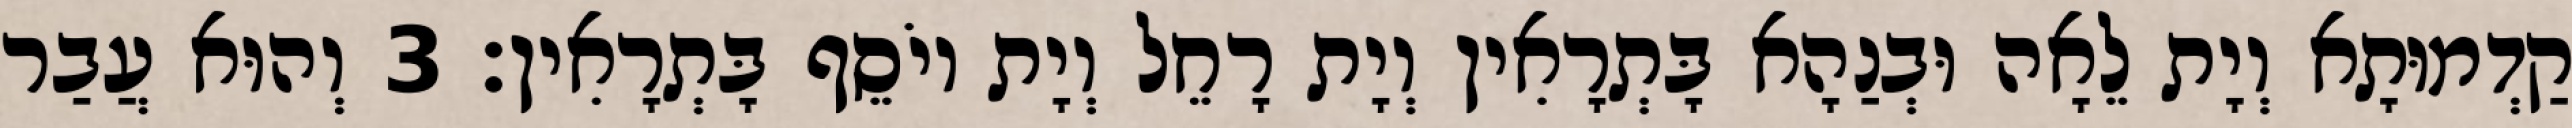
קַדְמוּתָא וְיָת לֵאָה וּבְנַהָא בָּתְרָאִין וְיָת רָחֵל וְיָת יוֹסֵף בָּתְרָאִין׃ 3 וְהוּא עֲבַר